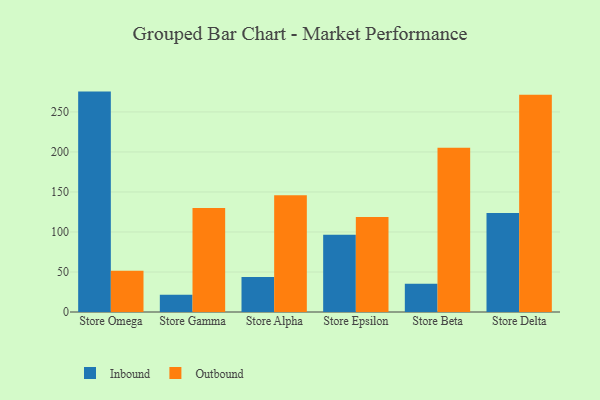
{"axis": {"x": "Store", "y": "Population (Million)"}, "legend": ["Inbound", "Outbound"], "data": [{"x": "Store Omega", "y": 275.4, "type": "Inbound"}, {"x": "Store Omega", "y": 51.4, "type": "Outbound"}, {"x": "Store Gamma", "y": 21.7, "type": "Inbound"}, {"x": "Store Gamma", "y": 129.9, "type": "Outbound"}, {"x": "Store Alpha", "y": 43.7, "type": "Inbound"}, {"x": "Store Alpha", "y": 145.8, "type": "Outbound"}, {"x": "Store Epsilon", "y": 96.6, "type": "Inbound"}, {"x": "Store Epsilon", "y": 118.6, "type": "Outbound"}, {"x": "Store Beta", "y": 35.3, "type": "Inbound"}, {"x": "Store Beta", "y": 205.3, "type": "Outbound"}, {"x": "Store Delta", "y": 123.6, "type": "Inbound"}, {"x": "Store Delta", "y": 271.5, "type": "Outbound"}]}